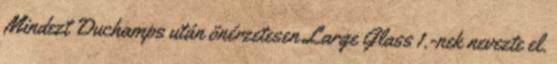
Mindezt Duchamps után önérzetesen Large Glass 1.-nek nevezte el.